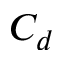
C _ { d }